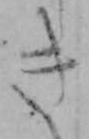
き